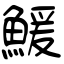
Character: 鰀